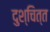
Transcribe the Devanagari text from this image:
दुश्चित्त